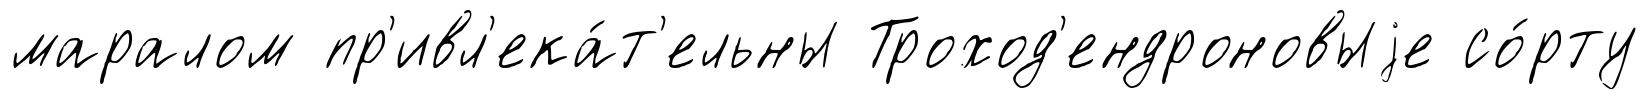
маралом пр'ивл'ека́т'ельны Троход'ендроновыjе со́рту